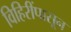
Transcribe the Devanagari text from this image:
विहिरींपासून